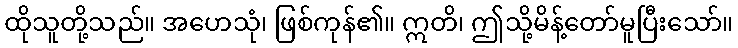
ထိုသူတို့သည်။ အဟေသုံ၊ ဖြစ်ကုန်၏။ ဣတိ၊ ဤသို့မိန့်တော်မူပြီးသော်။